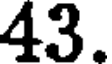
43.